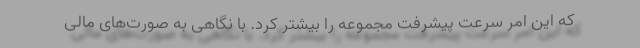
که این امر سرعت پیشرفت مجموعه را بیشتر کرد. با نگاهی به صورت‌های مالی